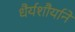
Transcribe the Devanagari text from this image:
धैर्यशौर्याने